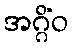
အဂ္ဂိံဝ